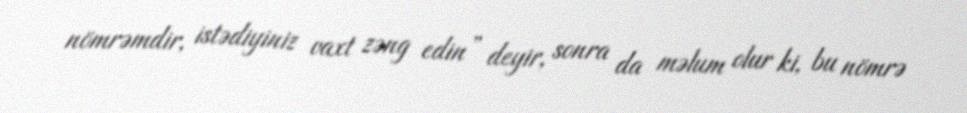
nömrəmdir, istədiyiniz vaxt zəng edin” deyir, sonra da məlum olur ki, bu nömrə